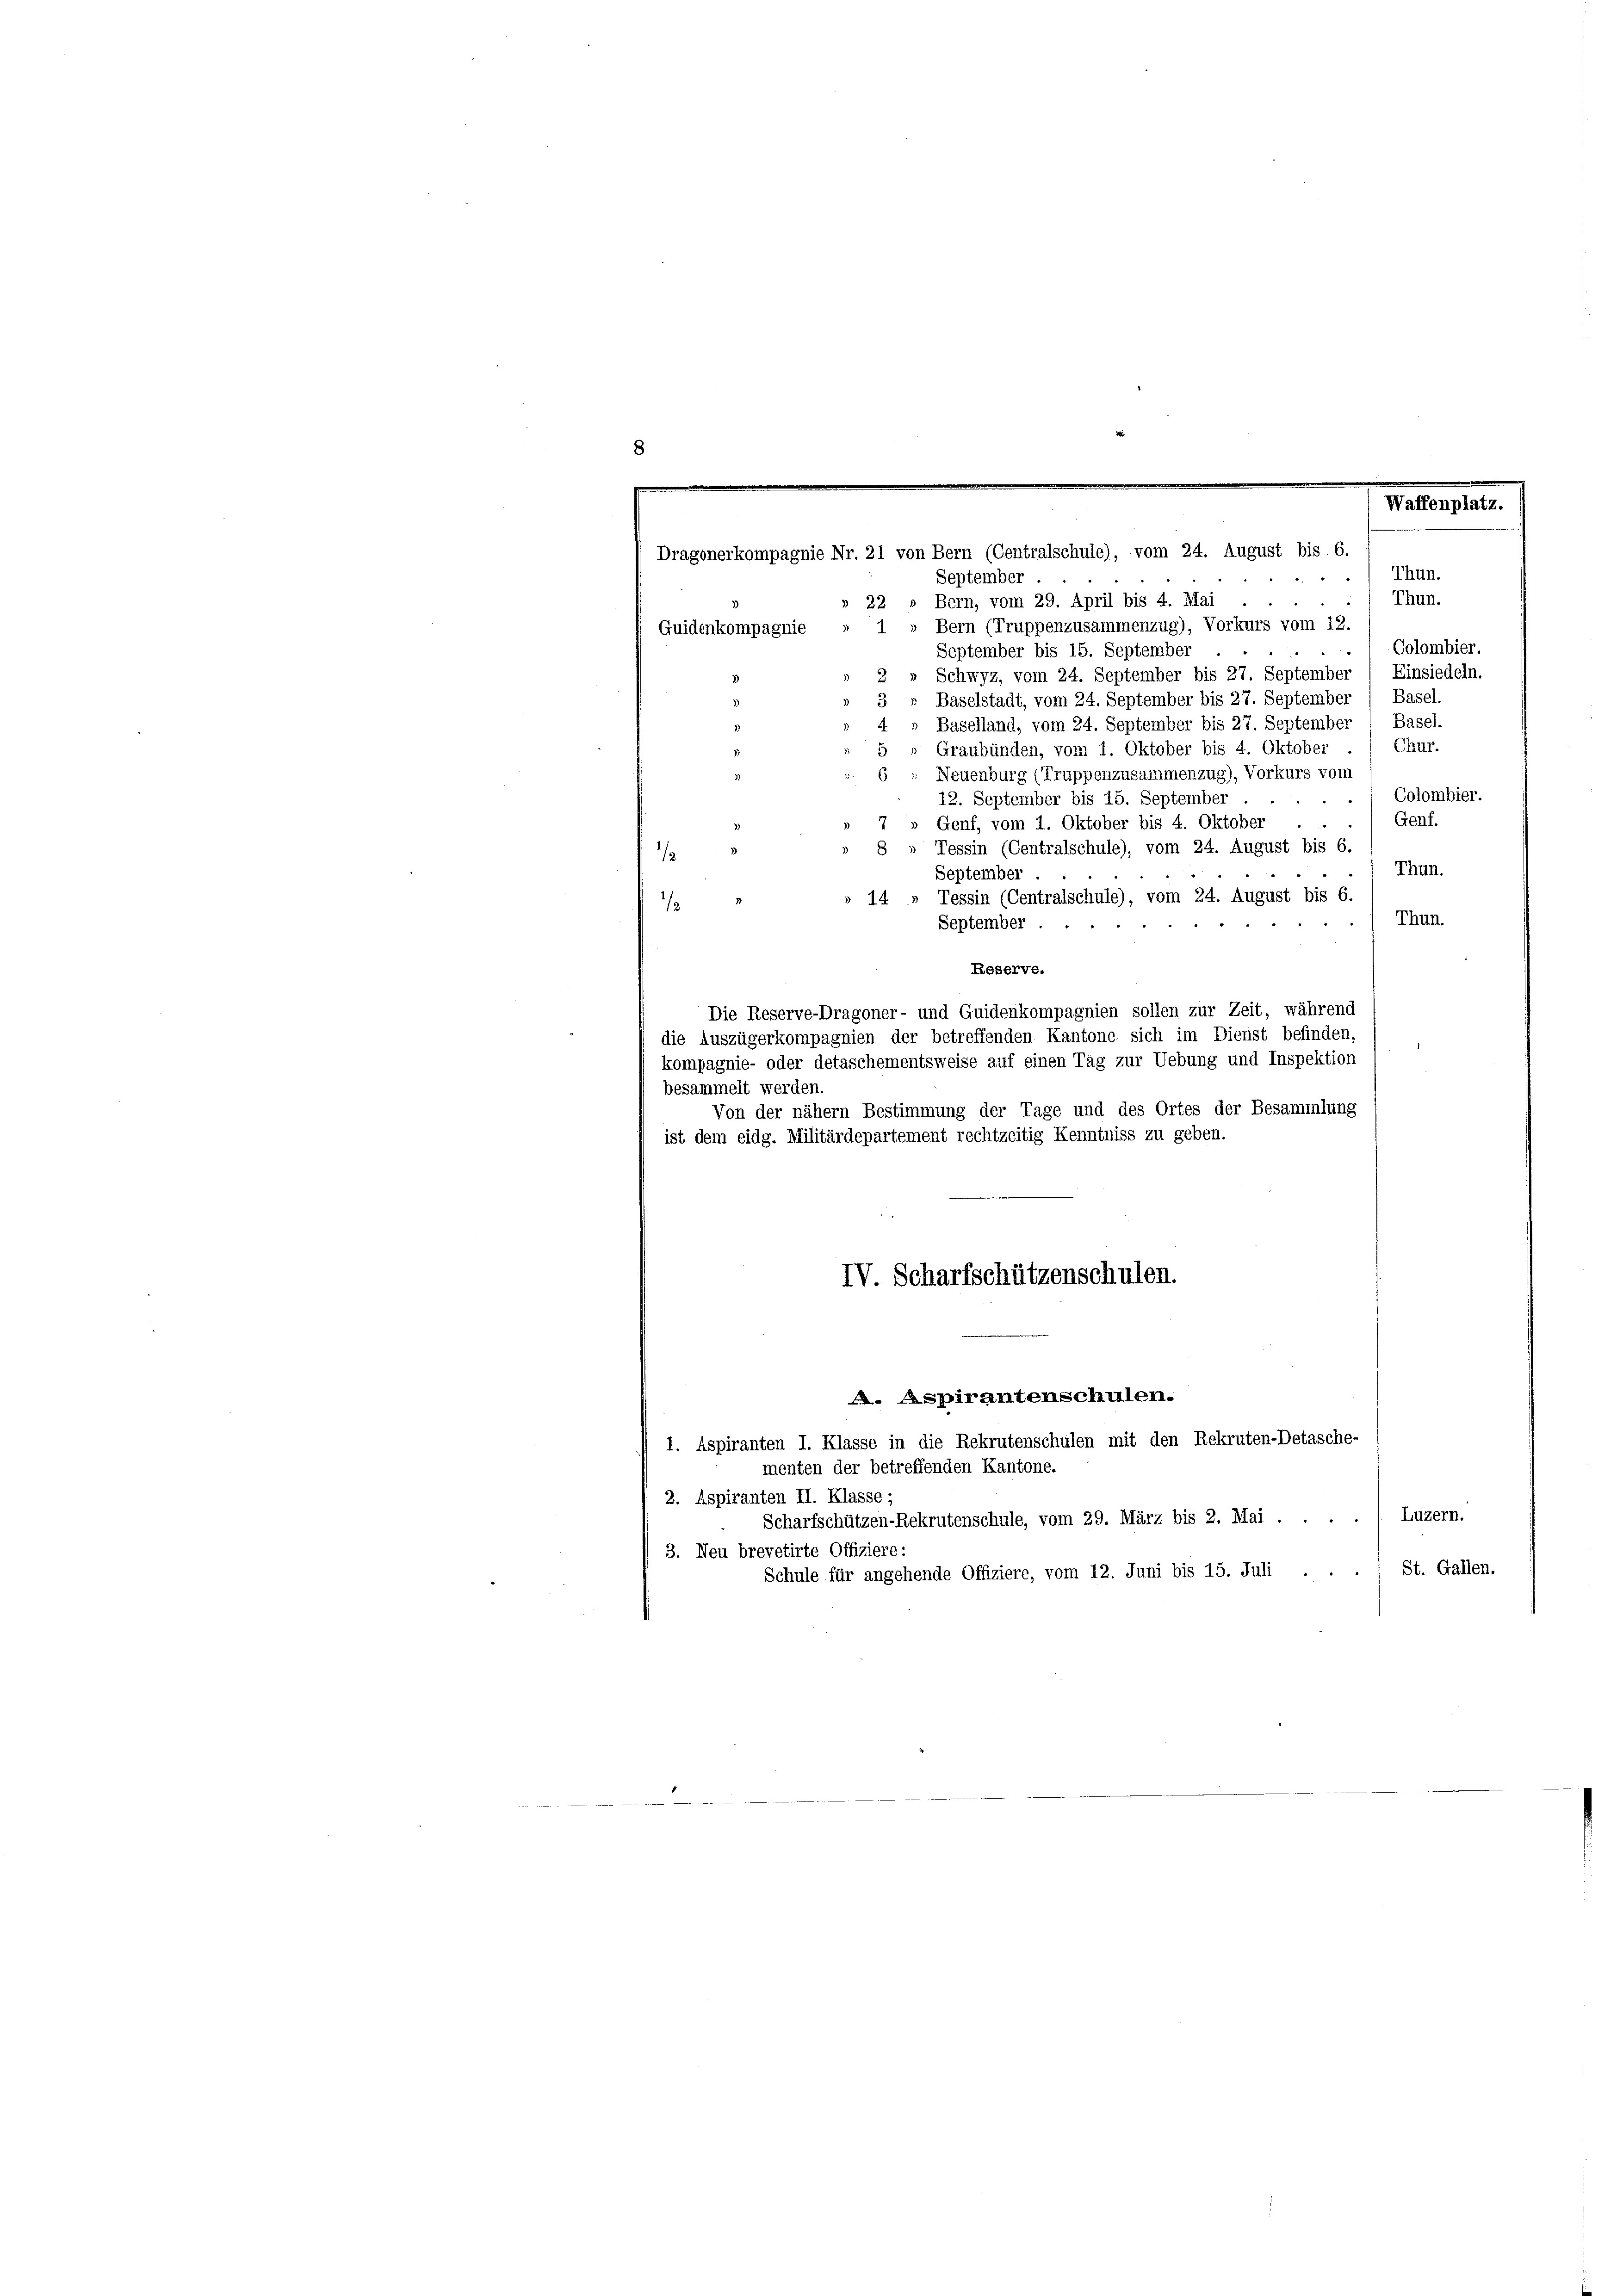
.
.
Thun.
September.
Thun.
22 » Bern, vom 29. April bis 4. Mai
» Bern (Truppenzusammenzug), Vorkurs vom 12.
1.
Guidenkompagnie
Colombier.
September bis 15. September
Schwyz, vom 24. September bis 27. September / Einsiedeln.
Basel.
Baselstadt, vom 24. September bis 27. September
Baselland, vom 24. September bis 27. September 1 Basel.
Graubünden, vom 1. Oktober bis 4. Oktober ./ Chur-
Neuenburg (Truppenzusammenzug), Vorkurs vom
.) Colombier.
12. September bis 15. September
Genf.
Genf, vom 1. Oktober bis 4. Oktober
¬
Tessin (Centralschule), vom 24. August bis 6.
Thun.
September
14 » Tessin (Centralschule), vom 24. August bis 6.
Thun.
September
Reserve.
Die Reserve-Dragoner- und Guidenkompagnien sollen zur Zeit, während
die Auszügerkompagnien der betreffenden Kantone sich im Dienst befinden,
kompagnie- oder detaschementsweise auf einen Tag zur Uebung und Inspektion
besammelt werden.
Von der nähern Bestimmung der Tage und des Ortes der Besammlung
ist dem eidg. Militärdepartement rechtzeitig Kenntniss zu geben.
IV. Scharfschützenschulen.
. Aspirantenschulen.
1. Aspiranten I. Klasse in die Rekrutenschulen mit den Rekruten-Detasche-
menten der betreffenden Kantone.
2. Aspiranten II. Klasse;
Luzern.
Scharfschützen-Rekrutenschule, vom 29. März bis 2. Mai.
3. Neu brevetirte Offiziere:
St. Gallen.
Schule für angehende Offiziere, vom 12. Juni bis 15. Juli .

.
Waffenplatz.
Dragonerkompagnie Nr. 21 von Bern (Centralschule), vom 24. August bis 6.